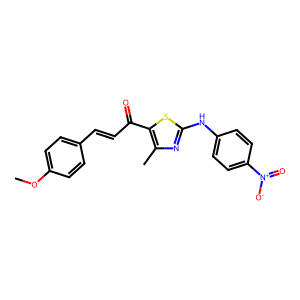
SMILES: COc1ccc(C=CC(=O)c2sc(Nc3ccc([N+](=O)[O-])cc3)nc2C)cc1
Inhibits HIV replication: No